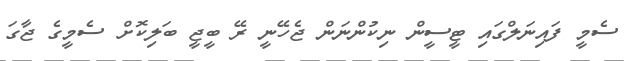
ސެމީ ފައިނަލްގައި ޓީސީން ނިކުންނަން ޖެހޭނީ ރޭ ބީޖީ ބަލިކޮށް ސެމީގެ ޖާގަ